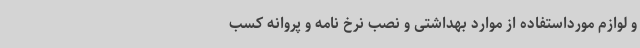
و لوازم مورداستفاده از موارد بهداشتی و نصب نرخ نامه و پروانه کسب